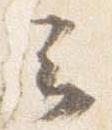
云